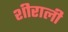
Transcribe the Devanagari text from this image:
शीराली